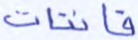
قانتات